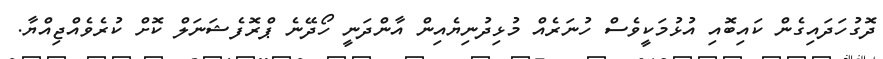
ދޮގުހަދައިގެން ކައިބޮއި އުޅުމަކީވެސް ހުނަރެއް މުޅިދުނިޔެއިން އާންދަނީ ހޯދޭނެ ޕްރޮފެޝަނަލް ކޮށް ކުރެވެއްޖިއްޔާ.